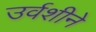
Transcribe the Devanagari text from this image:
उर्वशीने